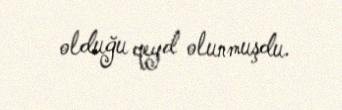
olduğu qeyd olunmuşdu.